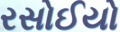
રસોઈયો